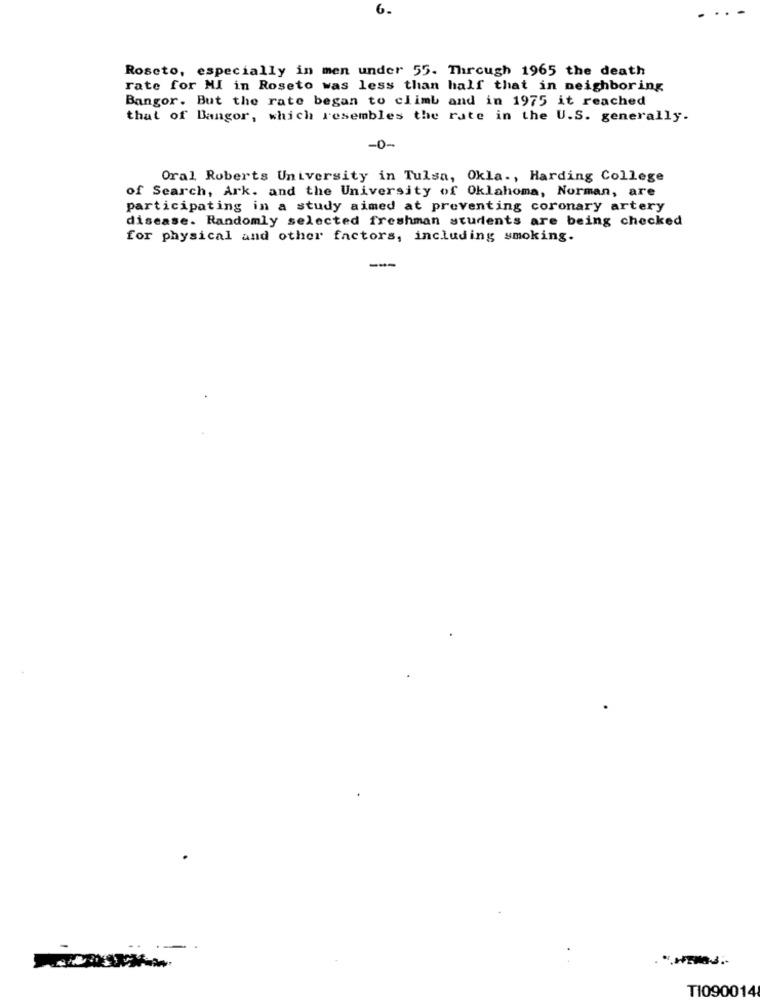
6.
Roseto, especially in men under 55. Through 1965 the death
rate for MI in Roseto was less than half that in neighboring
Bangor. But the rate began to climb and in 1975 it reached
that of Bangor, which resembles the rate in the U.S. generally.
-0-
Oral Roberts University in Tulsa, Okla ., Harding College
of Search, Ark. and the University of Oklahoma, Norman, are
participating in a study aimed at preventing coronary artery
disease. Randomly selected freshman students are being checked
for physical and other factors, including smoking.
TI090014